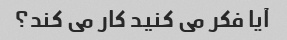
آیا فکر می کنید کار می کند؟